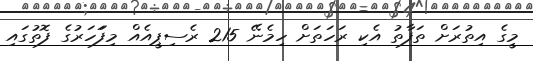
މީގެ އިތުރަށް ތަފާތު އެކި ރަހަތަށް ހިމެނޭ 215 ރެސިޕީއެއް މިފަަހަރުގެ ފޮތުގައި